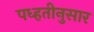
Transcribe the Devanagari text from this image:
पध्हतीनुसार